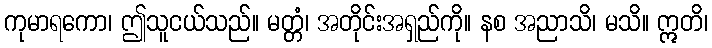
ကုမာရကော၊ ဤသူငယ်သည်။ မတ္တံ၊ အတိုင်းအရှည်ကို။ နစ အညာသိ၊ မသိ။ ဣတိ၊